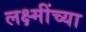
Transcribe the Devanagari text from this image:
लक्ष्मींच्या